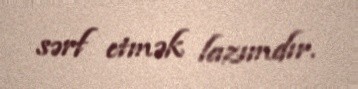
sərf etmək lazımdır.